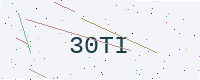
Text: 30TI